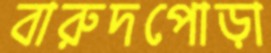
বারুদপোড়া